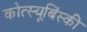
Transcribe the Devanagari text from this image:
कोत्स्यूबिंस्की